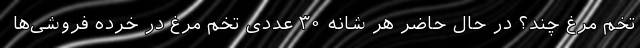
تخم مرغ چند؟ در حال حاضر هر شانه ۳۰ عددی تخم مرغ در خرده فروشی‌ها